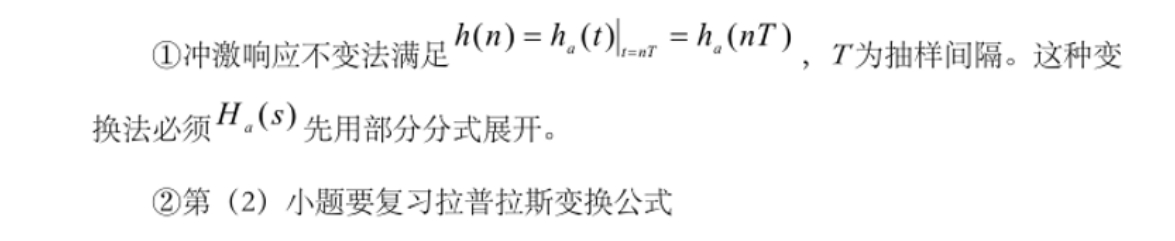
\textcircled{1}冲激响应不变法满足\(h(n)=\left.h_{a}(t)\right|_{t = nT}=h_{a}(nT)\)，\(T\)为抽样间隔。这种变
换法必须\(H_{a}(s)\)先用部分分式展开。
\textcircled{2}第（2）小题要复习拉普拉斯变换公式